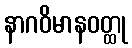
နာဂဝိမာနဝတ္ထု